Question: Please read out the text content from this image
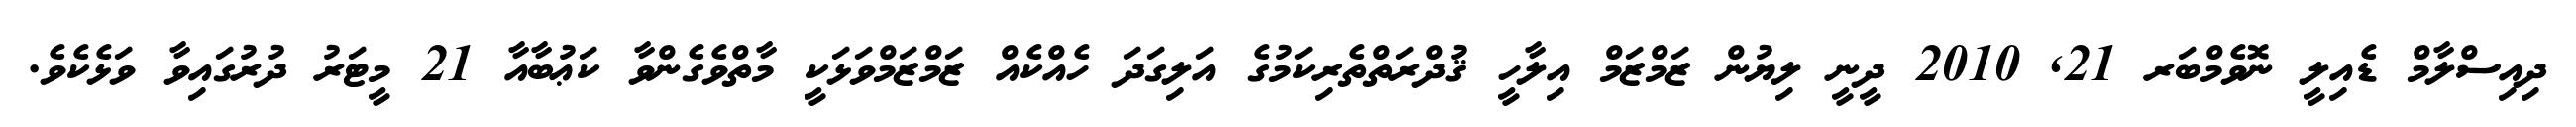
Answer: ދިއިސްލާމް ޑެއިލީ ނޮވެމްބަރ 21, 2010 ދީނީ ލިޔުން ޒަމްޒަމް އިލާހީ ޤުދްރަތްތެރިކަމުގެ އަލިގަދަ ހެއްކެއް ޒަމްޒަމްވަޅަކީ މާތްވެގެންވާ ކަޢުބާއާ 21 މީޓަރު ދުރުގައިވާ ވަޅެކެވެ.